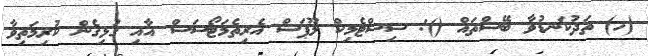
(ހ) ތަދުކަނޑުވާ ބޭސްތައް (): ސިސްޓެމިކް ލޫޕަސް އެރިތެމަޓޯސަސް އާއި ގުޅިގެން ކުރިމަތިވާ